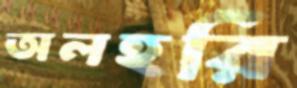
অলহরি